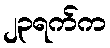
၂၃ရက်က